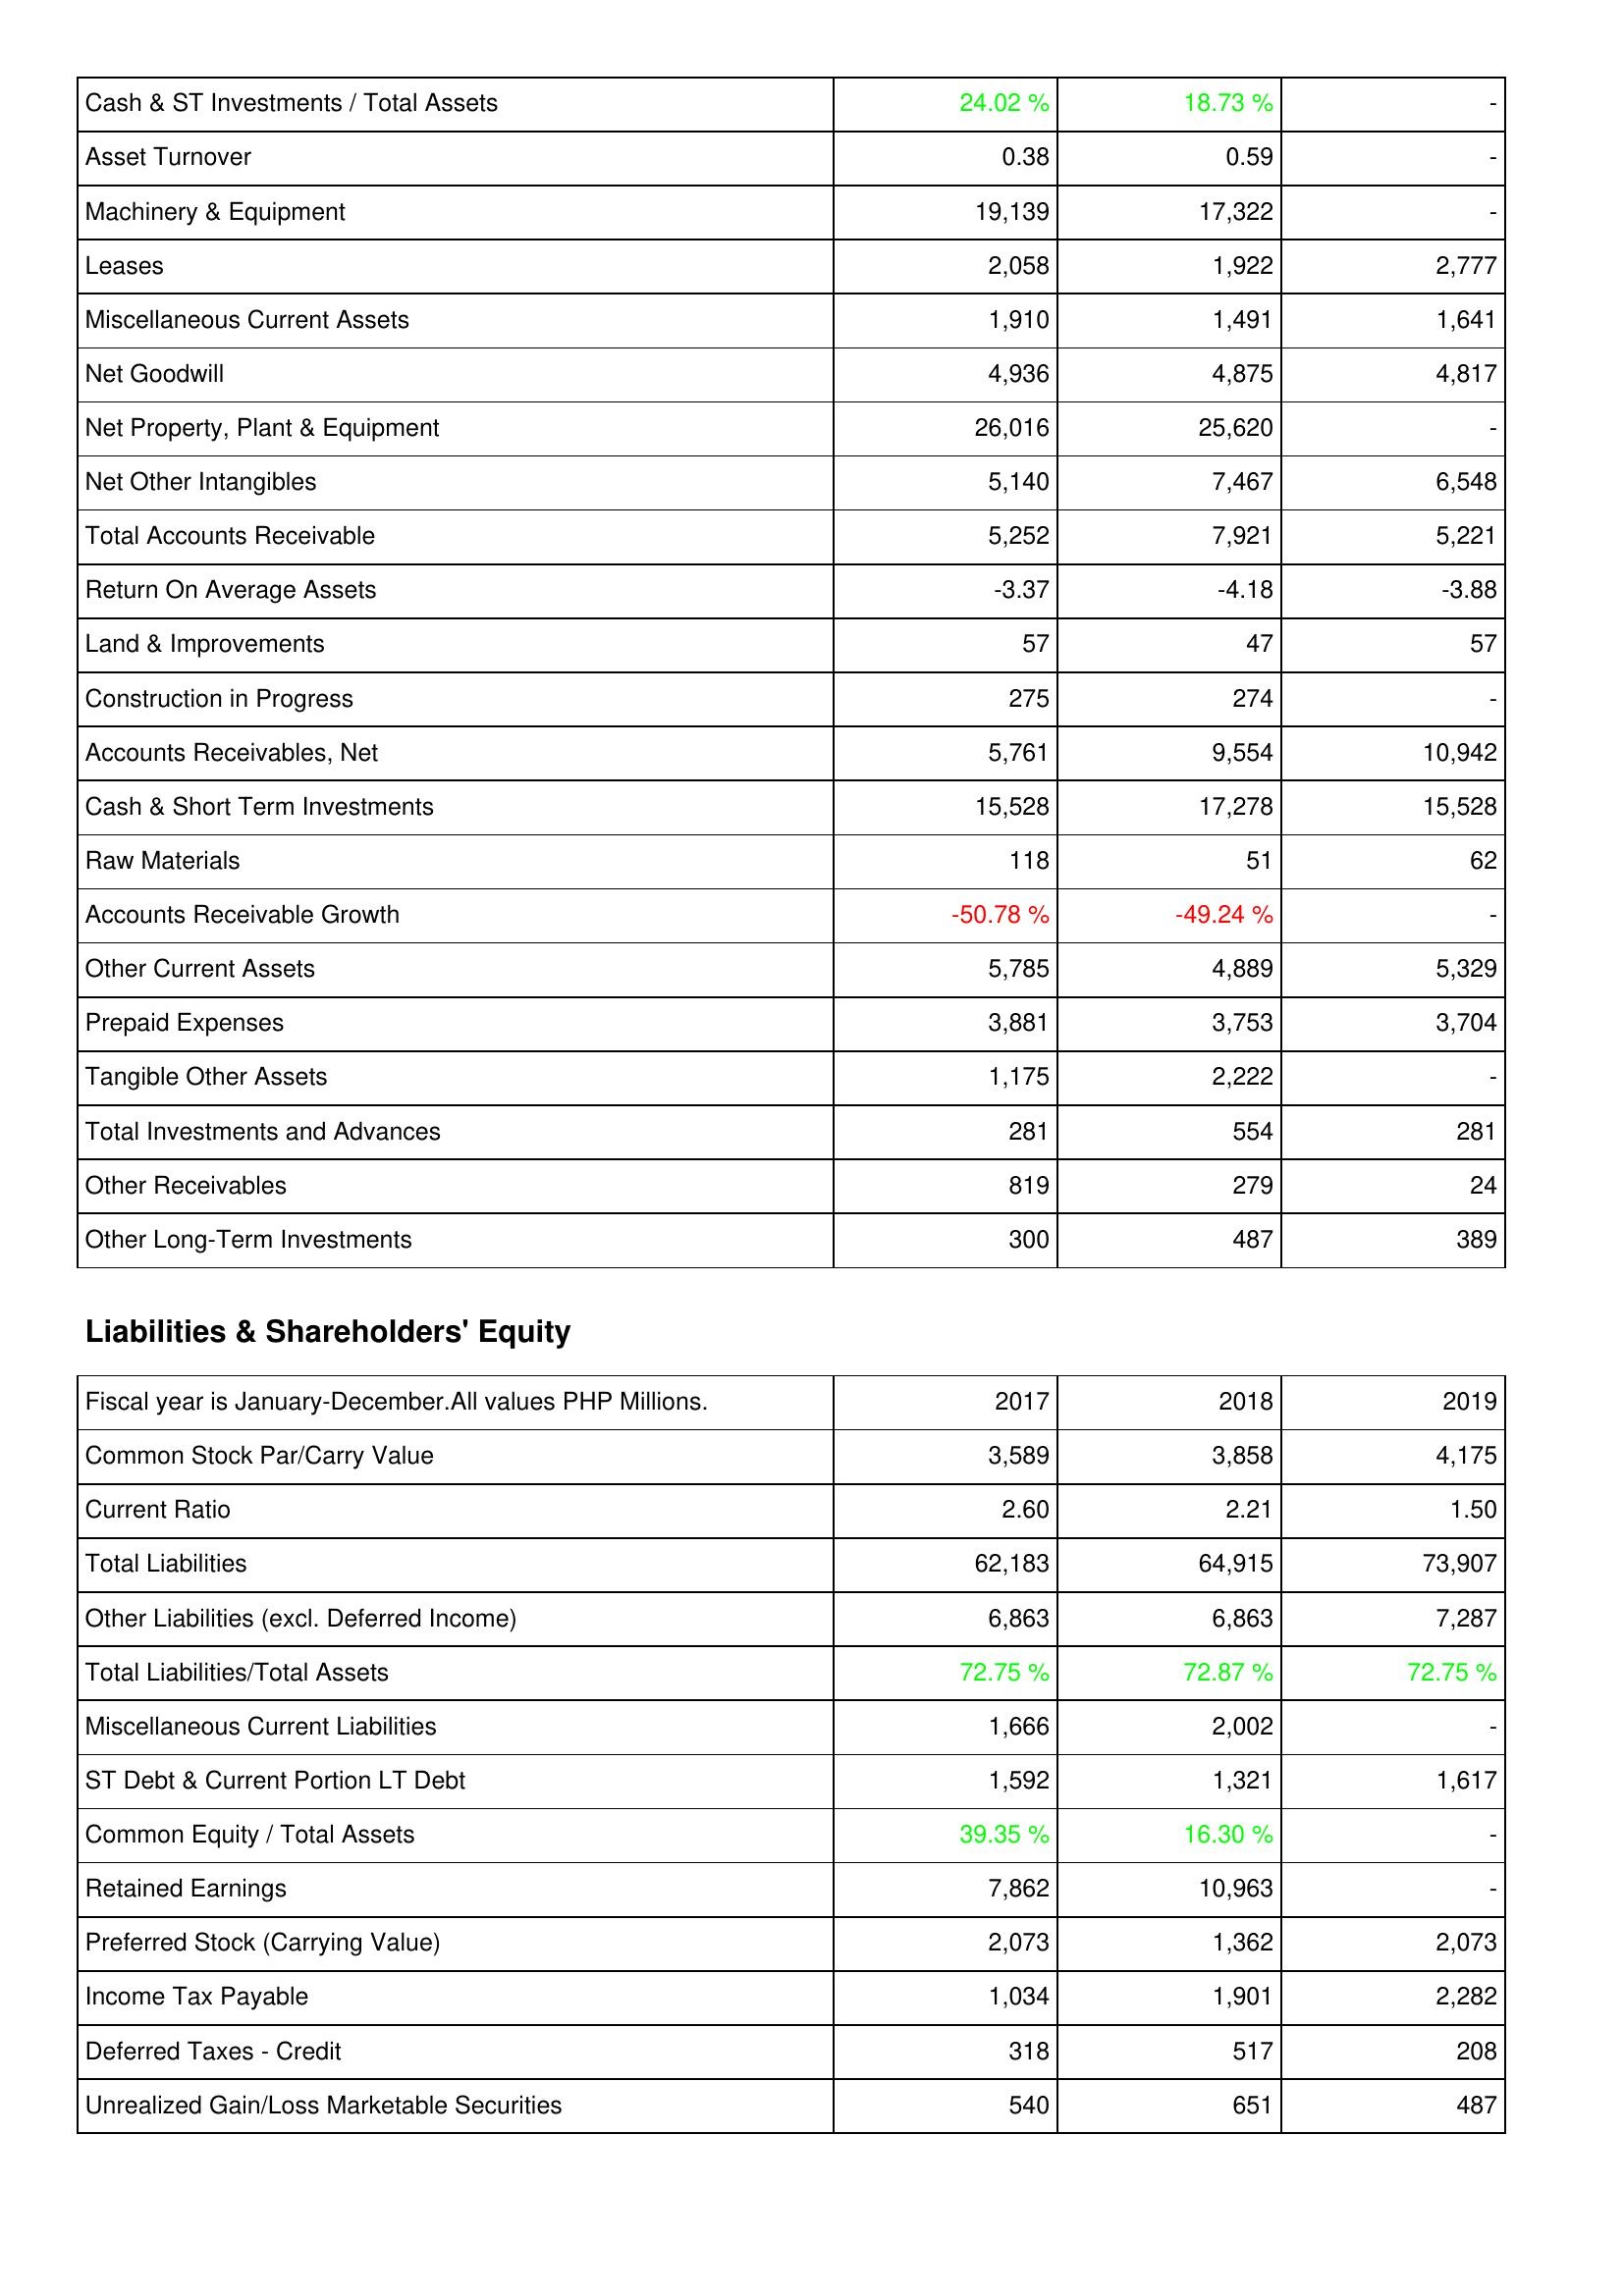
2017: Assets: Cash & ST Investments / Total Assets: 24.02 %
Asset Turnover: 0.38
Machinery & Equipment: 19,139
Leases: 2,058
Miscellaneous Current Assets: 1,910
Net Goodwill: 4,936
Net Property, Plant & Equipment: 26,016
Net Other Intangibles: 5,140
Total Accounts Receivable: 5,252
Return On Average Assets: -3.37
Land & Improvements: 57
Construction in Progress: 275
Accounts Receivables, Net: 5,761
Cash & Short Term Investments: 15,528
Raw Materials: 118
Accounts Receivable Growth: -50.78 %
Other Current Assets: 5,785
Prepaid Expenses: 3,881
Tangible Other Assets: 1,175
Total Investments and Advances: 281
Other Receivables: 819
Other Long-Term Investments: 300
Liabilities & Shareholders' Equity: Common Stock Par/Carry Value: 3,589
Current Ratio: 2.60
Total Liabilities: 62,183
Other Liabilities (excl. Deferred Income): 6,863
Total Liabilities/Total Assets: 72.75 %
Miscellaneous Current Liabilities: 1,666
ST Debt & Current Portion LT Debt: 1,592
Common Equity / Total Assets: 39.35 %
Retained Earnings: 7,862
Preferred Stock (Carrying Value): 2,073
Income Tax Payable: 1,034
Deferred Taxes - Credit: 318
Unrealized Gain/Loss Marketable Securities: 540
2018: Assets: Cash & ST Investments / Total Assets: 18.73 %
Asset Turnover: 0.59
Machinery & Equipment: 17,322
Leases: 1,922
Miscellaneous Current Assets: 1,491
Net Goodwill: 4,875
Net Property, Plant & Equipment: 25,620
Net Other Intangibles: 7,467
Total Accounts Receivable: 7,921
Return On Average Assets: -4.18
Land & Improvements: 47
Construction in Progress: 274
Accounts Receivables, Net: 9,554
Cash & Short Term Investments: 17,278
Raw Materials: 51
Accounts Receivable Growth: -49.24 %
Other Current Assets: 4,889
Prepaid Expenses: 3,753
Tangible Other Assets: 2,222
Total Investments and Advances: 554
Other Receivables: 279
Other Long-Term Investments: 487
Liabilities & Shareholders' Equity: Common Stock Par/Carry Value: 3,858
Current Ratio: 2.21
Total Liabilities: 64,915
Other Liabilities (excl. Deferred Income): 6,863
Total Liabilities/Total Assets: 72.87 %
Miscellaneous Current Liabilities: 2,002
ST Debt & Current Portion LT Debt: 1,321
Common Equity / Total Assets: 16.30 %
Retained Earnings: 10,963
Preferred Stock (Carrying Value): 1,362
Income Tax Payable: 1,901
Deferred Taxes - Credit: 517
Unrealized Gain/Loss Marketable Securities: 651
2019: Assets: Cash & ST Investments / Total Assets: -
Asset Turnover: -
Machinery & Equipment: -
Leases: 2,777
Miscellaneous Current Assets: 1,641
Net Goodwill: 4,817
Net Property, Plant & Equipment: -
Net Other Intangibles: 6,548
Total Accounts Receivable: 5,221
Return On Average Assets: -3.88
Land & Improvements: 57
Construction in Progress: -
Accounts Receivables, Net: 10,942
Cash & Short Term Investments: 15,528
Raw Materials: 62
Accounts Receivable Growth: -
Other Current Assets: 5,329
Prepaid Expenses: 3,704
Tangible Other Assets: -
Total Investments and Advances: 281
Other Receivables: 24
Other Long-Term Investments: 389
Liabilities & Shareholders' Equity: Common Stock Par/Carry Value: 4,175
Current Ratio: 1.50
Total Liabilities: 73,907
Other Liabilities (excl. Deferred Income): 7,287
Total Liabilities/Total Assets: 72.75 %
Miscellaneous Current Liabilities: -
ST Debt & Current Portion LT Debt: 1,617
Common Equity / Total Assets: -
Retained Earnings: -
Preferred Stock (Carrying Value): 2,073
Income Tax Payable: 2,282
Deferred Taxes - Credit: 208
Unrealized Gain/Loss Marketable Securities: 487